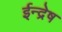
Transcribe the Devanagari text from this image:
ईन्द्रेष